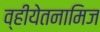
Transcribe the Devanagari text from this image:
व्हीयेतनामिज